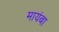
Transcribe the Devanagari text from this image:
मायंबा